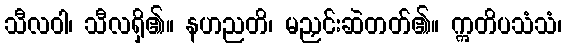
သီလဝါ၊ သီလရှိ၏။ နဟညတိ၊ မညှင်းဆဲတတ်၏။ ဣတိပသံသံ၊